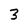
Character: 3